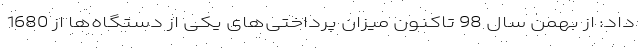
داد: از بهمن سال 98 تاکنون میزان پرداختی‌های یکی از دستگاه‌ها از 1680